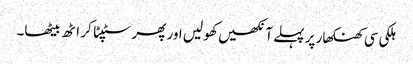
ہلکی سی کھنکھار پر پہلے آنکھیں کھو لیں اور پھر سٹپٹا کر اٹھ بیٹھا۔